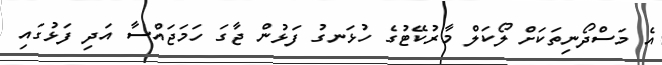
އެ މަސްދޯނިތަކަށް ލޯކަލް މާރުކޭޓުގެ ހުޅަނގު ފަޅުން ޖާގަ ހަމަޖައްސާ އަދި ފަޅުގައި